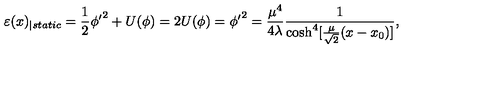
\varepsilon ( x ) _ { \mid s t a t i c } = \frac { 1 } { 2 } \phi { ' } ^ { 2 } + U ( \phi ) = 2 U ( \phi ) = \phi { ' } ^ { 2 } = \frac { \mu ^ { 4 } } { 4 \lambda } \frac { 1 } { \cosh ^ { 4 } [ \frac { \mu } { \sqrt { 2 } } ( x - x _ { 0 } ) ] } ,